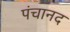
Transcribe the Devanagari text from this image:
पंचानद